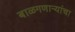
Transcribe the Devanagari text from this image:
बाळगणाऱ्यांचा